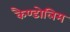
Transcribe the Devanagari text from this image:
कैण्डोलिम